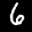
Label: 6